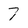
Character: 7